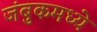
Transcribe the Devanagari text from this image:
जंबुकमध्ये